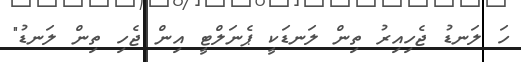
ހަ ލަނޑު ޖެހިއިިރު ތިން ލަނޑަކީ ޕެނަލްޓީ އިން ޖެހި ތިން ލަނޑު"